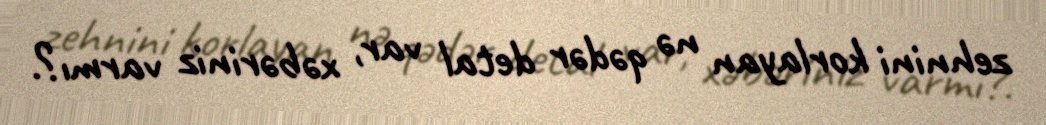
zehnini korlayan nə qədər detal var, xəbəriniz varmı?.